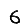
Digit: 6